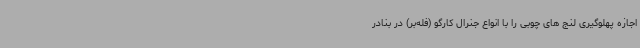
اجازه پهلوگیری لنج های چوبی را با انواع جنرال کارگو (فله‌بر) در بنادر